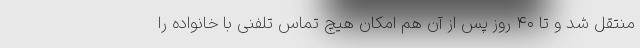
منتقل شد و تا ۴۰ روز پس از آن هم امکان هیچ تماس تلفنی با خانواده را